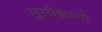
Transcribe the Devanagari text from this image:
मुसीग्नानो